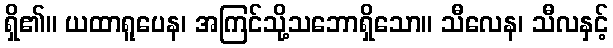
ရှိ၏။ ယထာရူပေန၊ အကြင်သို့သဘောရှိသော။ သီလေန၊ သီလနှင့်